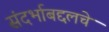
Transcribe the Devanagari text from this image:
संदर्भाबद्दलचे